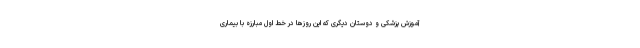
آموزش پزشکی و دوستان دیگری که این روزها در خط اول مبارزه با بیماری